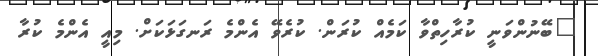
"ބޭނުންވަނީ ކުރާހިތްވާ ކަމެއް ކުރަން. ކުރެވޭ އެންމެ ރަނގަޅަކަށް. މިއީ އެންމެ ކުރާ